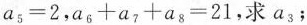
$$a_{5}=2$$,$$a_{6}+a_{7}+a_{8}=2 1$$，求a_{3}；